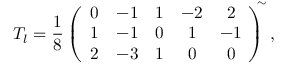
T _ { l } = \frac { 1 } { 8 } \left( \begin{array} { c c c c c } { { 0 } } & { { - 1 } } & { { 1 } } & { { - 2 } } & { { 2 } } \\ { { 1 } } & { { - 1 } } & { { 0 } } & { { 1 } } & { { - 1 } } \\ { { 2 } } & { { - 3 } } & { { 1 } } & { { 0 } } & { { 0 } } \end{array} \! \right) ^ { \! \! \! \sim } ,